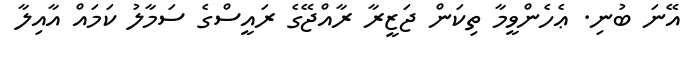
އޭނަ ބުނި. ޢެހެންވީމާ ތިކަން ޖަޒީރާ ރާއްޖޭގެ ރައީސްގެ ސަމާލު ކަމައް އާއިލާ